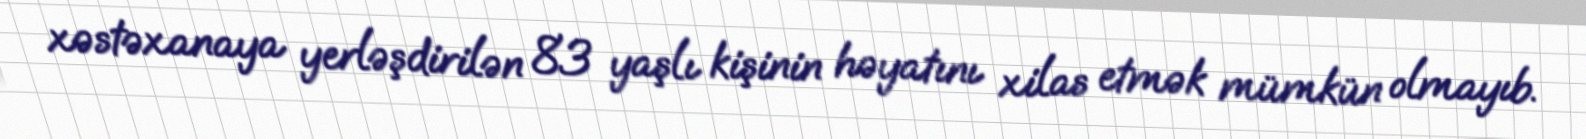
xəstəxanaya yerləşdirilən 83 yaşlı kişinin həyatını xilas etmək mümkün olmayıb.